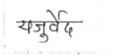
मजकूर: यजुर्वेद